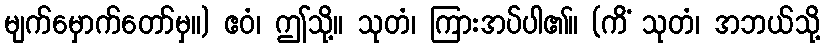
မျက်မှောက်တော်မှ။) ဧဝံ၊ ဤသို့။ သုတံ၊ ကြားအပ်ပါ၏။ (ကိံ သုတံ၊ အဘယ်သို့